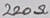
Text: 220Ω